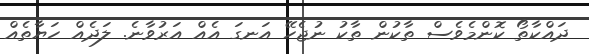
ދައްކާތޯ ކޮންމެވެސް ތާކުން ތާކު ނުޖެހޭ އަނގަ އެއް އަރުވާނެ. ލަދެއް ހަޔާތެއް